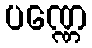
ပဏ္ဏေ